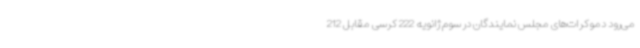
می‌رود دموکرات‌های مجلس نمایندگان در سوم ژانویه 222 کرسی مقابل 212